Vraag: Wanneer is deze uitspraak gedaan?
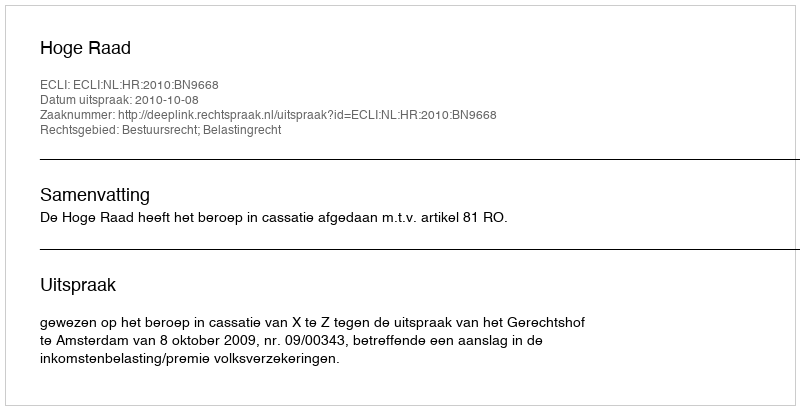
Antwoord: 2010-10-08